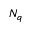
N _ { q }